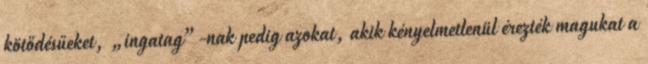
kötődésűeket, „ingatag”-nak pedig azokat, akik kényelmetlenül érezték magukat a